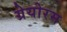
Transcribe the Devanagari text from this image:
ग्रेयोरम